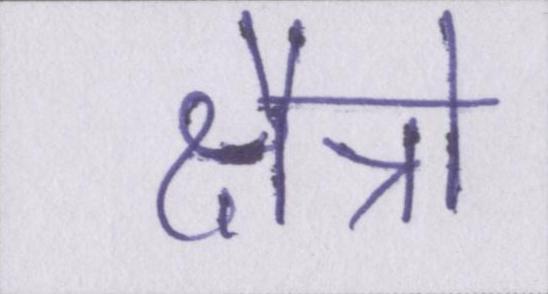
क्षैत्रो